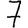
Digit: 7